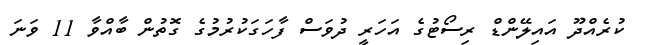
ކުރެއްދޫ އައިލޭންޑް ރިސޯޓުގެ އަހަރީ ދުވަސް ފާހަގަކުރުމުގެ ގޮތުން ބާއްވާ 11 ވަނަ